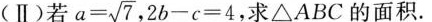
(Ⅱ)若 $$a= \sqrt{7}$$ ，2b-c=4，求△ABC的面积。